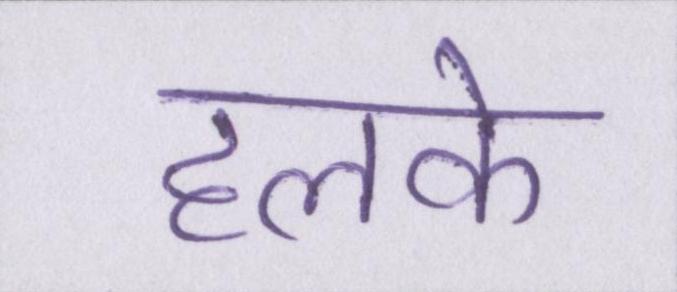
हलके